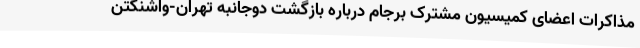
مذاکرات اعضای کمیسیون مشترک برجام درباره بازگشت دوجانبه تهران-واشنگتن